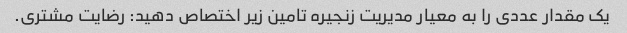
یک مقدار عددی را به معیار مدیریت زنجیره تامین زیر اختصاص دهید: رضایت مشتری.